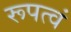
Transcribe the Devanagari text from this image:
रूपत्वं